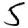
Digit: 5